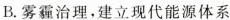
B.雾霾治理，建立现代能源体系